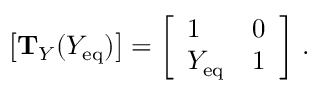
\big [ \mathrm { \mathbf { T } } _ { Y } ( Y _ { \mathrm { e q } } ) \big ] = \left[ \begin{array} { l l } { 1 } & { 0 } \\ { Y _ { \mathrm { e q } } } & { 1 } \end{array} \right] \, .